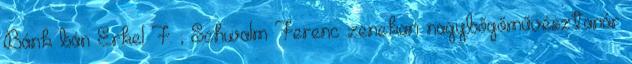
Bánk bán Erkel F. ; Schwalm Ferenc zenekari nagybőgőművésztanár